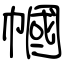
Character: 幗